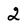
Character: 2